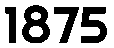
1875